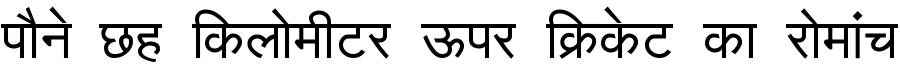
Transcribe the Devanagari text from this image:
पौने छह किलोमीटर ऊपर क्रिकेट का रोमांच